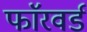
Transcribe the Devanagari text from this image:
फाॅरवर्ड